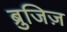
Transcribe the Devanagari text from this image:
ब्रुजिज़